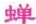
蝉